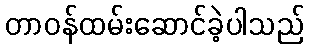
တာဝန်ထမ်းဆောင်ခဲ့ပါသည်